Annual report on the working of the mental hospitals in the Madras Presidency - 1912-1932
Year: 1912
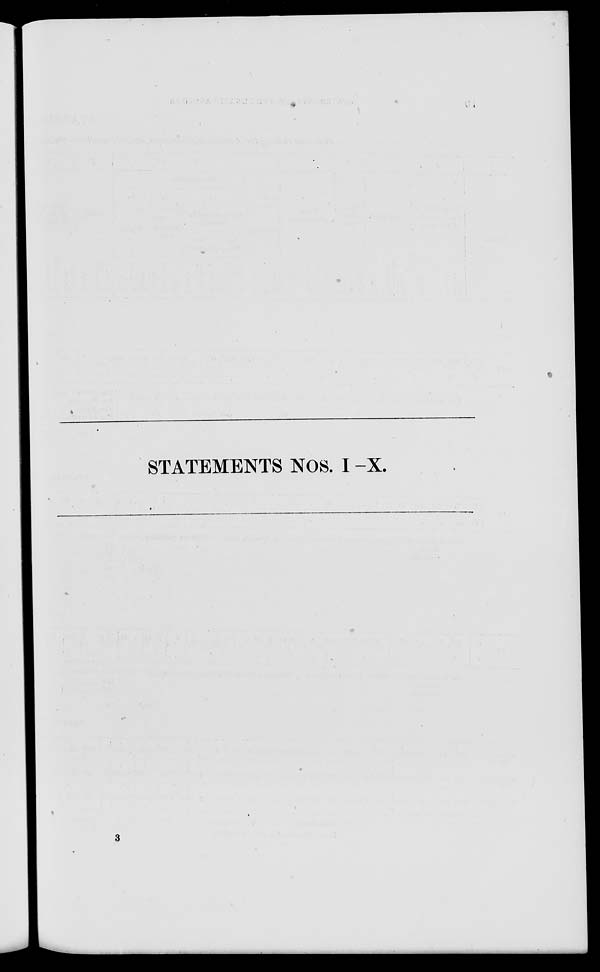
STATEMENTS NOS. I -X.
3